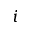
i